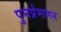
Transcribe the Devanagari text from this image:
पुनर्प्रमाणन